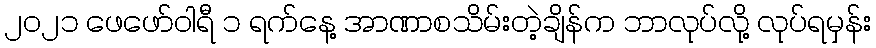
၂၀၂၁ ဖေဖော်ဝါရီ ၁ ရက်နေ့ အာဏာစသိမ်းတဲ့ချိန်က ဘာလုပ်လို့ လုပ်ရမှန်း